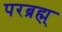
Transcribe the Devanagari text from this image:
परब्रह्म्